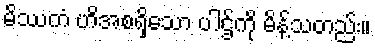
မိဿကံ ဟိအစရှိသော ပါဌ်ကို မိန့်သတည်း။